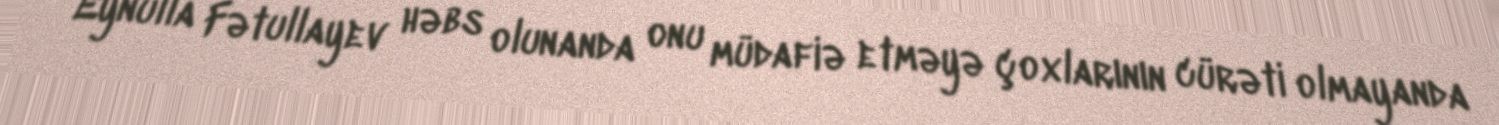
Eynulla Fətullayev həbs olunanda onu müdafiə etməyə çoxlarının cürəti olmayanda